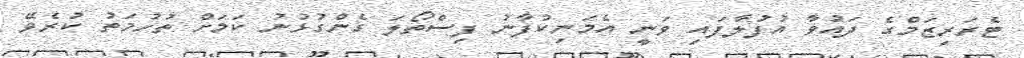
ޓެރަރިޒަމްގެ ދައުވާ އުފުލާފައި ވަނީ އެމަނިކުފާނު ފިސްތޯލަ ގެންގުޅުނު ކަމަށް ތުހުމަތު ކުރެވޭ